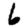
Digit: 6